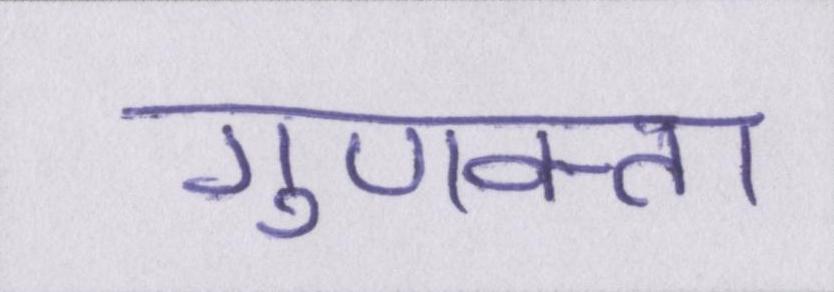
गुणवत्ता